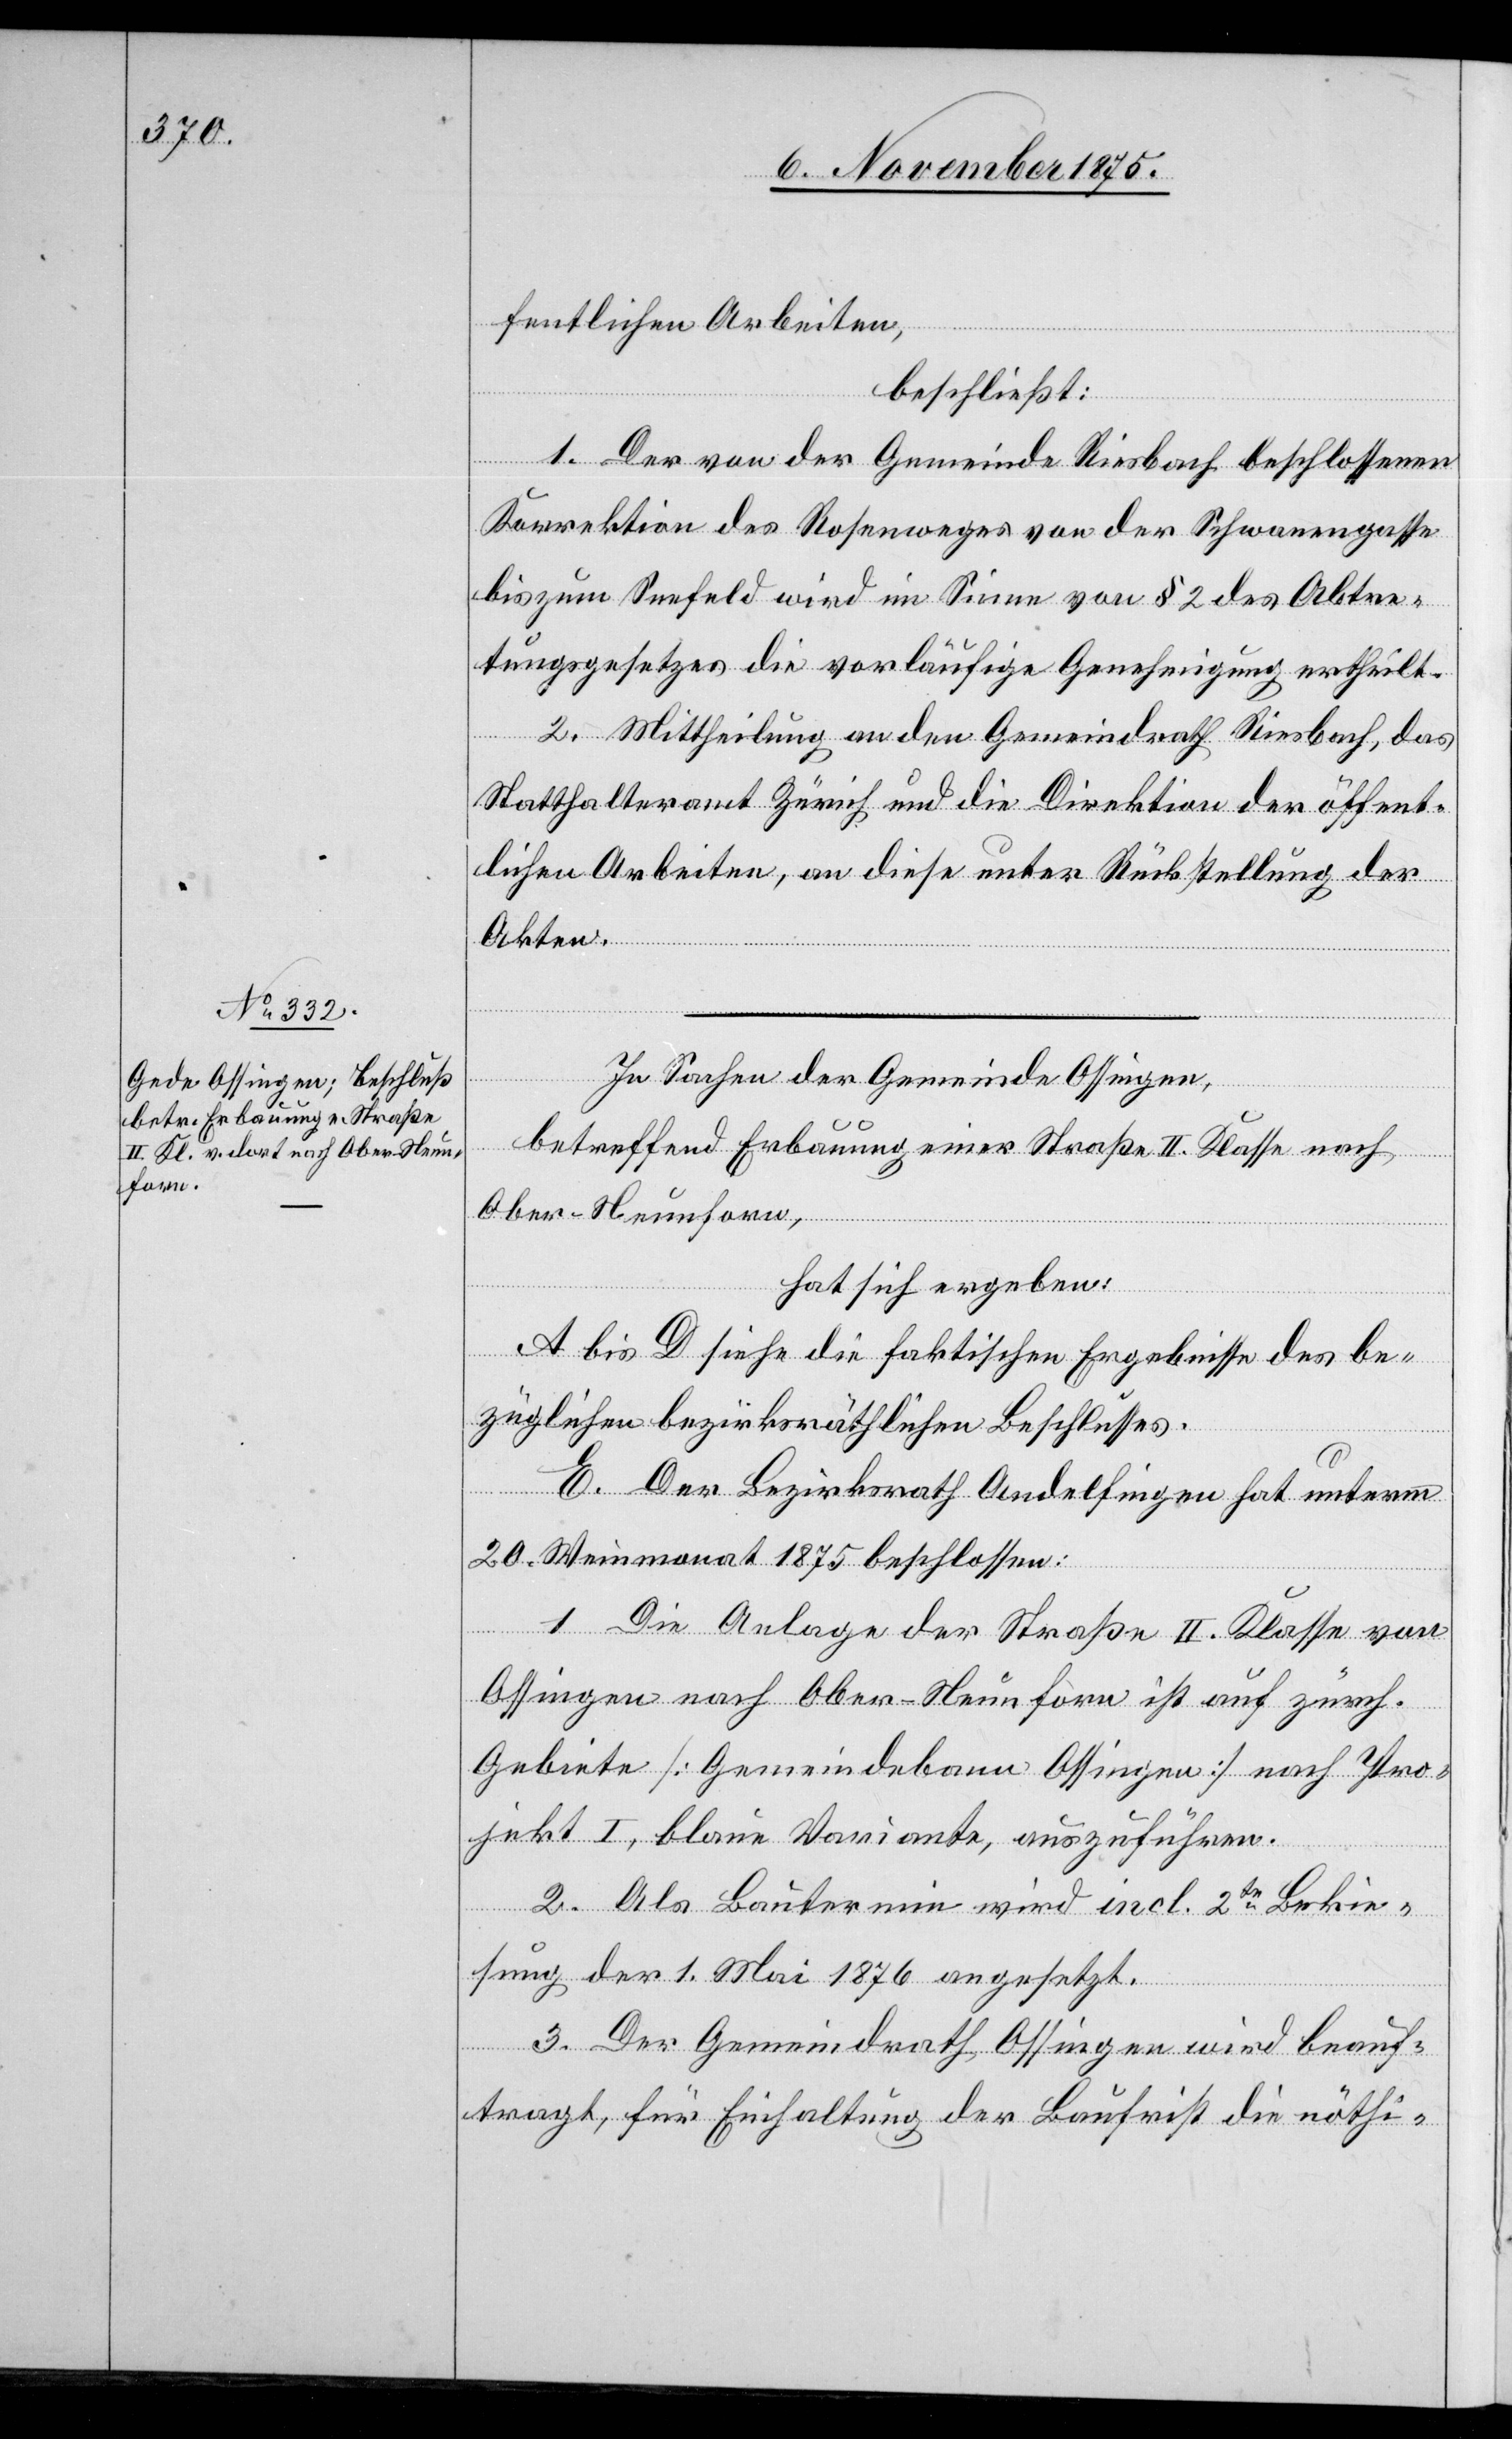
fentlichen Arbeiten,
beschließt:
1. Der von der Gemeinde Riesbach beschlossenen
Korrektion des Rosenweges von der Schwanengasse
bis zum Seefeld wird im Sinne von § 2 des Abtre¬
tungsgesetzes die vorläufige Genehmigung ertheilt.
2. Mittheilung an den Gemeindrath Riesbach, das
Statthalteramt Zürich und die Direktion der öffent¬
lichen Arbeiten, an diese unter Rückstellung der
Akten.
In Sachen der Gemeinde Ossingen,
betreffend Erbauung einer Straße II. Klasse nach
Ober-Neunforn,
hat sich ergeben:
A bis D siehe die faktischen Ergebnisse des be¬
züglichen bezirksräthlichen Beschlusses.
E. Der Bezirksrath Andelfingen hat unterm
20. Weinmonat 1875 beschlossen:
1. Die Anlage der Straße II. Klasse von
Ossingen nach Ober-Neunforn ist auf zürch.
Gebiete [Gemeindebann Ossingen] nach Pro¬
jekt I, blaue Variante, auszuführen.
2. Als Bautermin wird incl. 2te Bekie¬
sung der 1. Mai 1876 angesetzt.
3. Der Gemeindrath Ossingen wird beauf¬
tragt, für Einhaltung der Baufrist die nöthi-